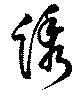
綉